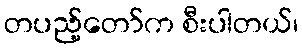
တပည့်တော်က စီးပါတယ်၊